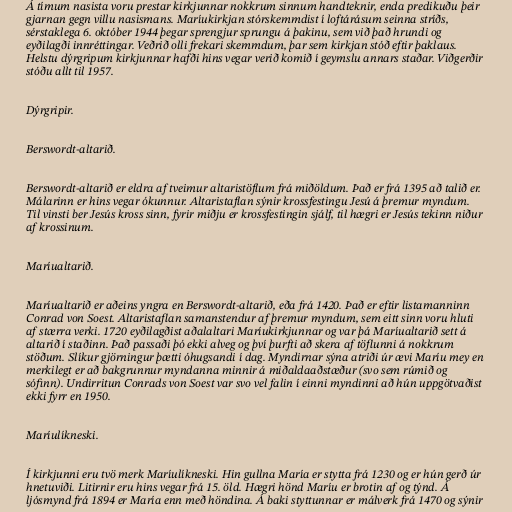
Á tímum nasista voru prestar kirkjunnar nokkrum sinnum handteknir, enda predikuðu þeir
gjarnan gegn villu nasismans. Maríukirkjan stórskemmdist í loftárásum seinna stríðs,
sérstaklega 6. október 1944 þegar sprengjur sprungu á þakinu, sem við það hrundi og
eyðilagði innréttingar. Veðrið olli frekari skemmdum, þar sem kirkjan stóð eftir þaklaus.
Helstu dýrgripum kirkjunnar hafði hins vegar verið komið í geymslu annars staðar. Viðgerðir
stóðu allt til 1957.

Dýrgripir.

Berswordt-altarið.

Berswordt-altarið er eldra af tveimur altaristöflum frá miðöldum. Það er frá 1395 að talið er.
Málarinn er hins vegar ókunnur. Altaristaflan sýnir krossfestingu Jesú á þremur myndum.
Til vinsti ber Jesús kross sinn, fyrir miðju er krossfestingin sjálf, til hægri er Jesús tekinn niður
af krossinum.

Maríualtarið.

Maríualtarið er aðeins yngra en Berswordt-altarið, eða frá 1420. Það er eftir listamanninn
Conrad von Soest. Altaristaflan samanstendur af þremur myndum, sem eitt sinn voru hluti
af stærra verki. 1720 eyðilagðist aðalaltari Maríukirkjunnar og var þá Maríualtarið sett á
altarið í staðinn. Það passaði þó ekki alveg og því þurfti að skera af töflunni á nokkrum
stöðum. Slíkur gjörningur þætti óhugsandi í dag. Myndirnar sýna atriði úr ævi Maríu mey en
merkilegt er að bakgrunnur myndanna minnir á miðaldaaðstæður (svo sem rúmið og
sófinn). Undirritun Conrads von Soest var svo vel falin í einni myndinni að hún uppgötvaðist
ekki fyrr en 1950.

Maríulíkneski.

Í kirkjunni eru tvö merk Maríulíkneski. Hin gullna María er stytta frá 1230 og er hún gerð úr
hnetuviði. Litirnir eru hins vegar frá 15. öld. Hægri hönd Maríu er brotin af og týnd. Á
ljósmynd frá 1894 er María enn með höndina. Á baki styttunnar er málverk frá 1470 og sýnir